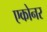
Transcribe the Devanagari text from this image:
एकोनर